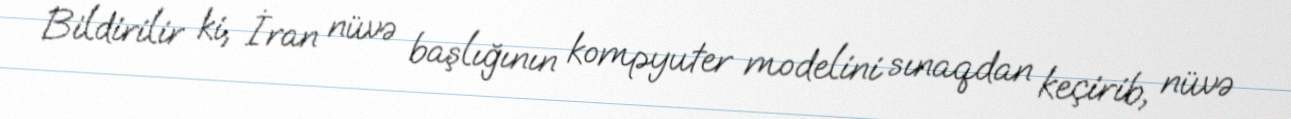
Bildirilir ki, İran nüvə başlığının kompyuter modelini sınaqdan keçirib, nüvə